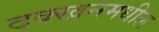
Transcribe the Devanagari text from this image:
दक्खनमधील